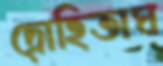
দ্রোহিতাঘ